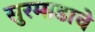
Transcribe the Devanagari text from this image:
सुरमाडाचे